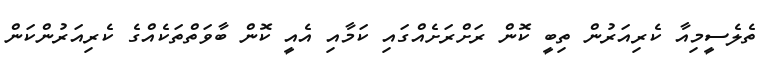
ތެލެސީމިއާ ކެރިއަރުން ތިބީ ކޮން ރަށްރަށެއްގައި ކަމާއި އެއީ ކޮން ބާވަތްތަކެއްގެ ކެރިއަރުންކަން